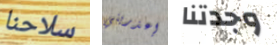
سلاحنا إعذريني وجدتنا